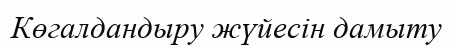
Көгалдандыру жүйесін дамыту